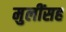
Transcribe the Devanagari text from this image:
मुलींसह